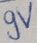
Text: 9V